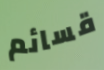
قسائم